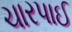
ચારપાઈ